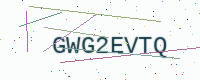
Text: GWG2EVTQ